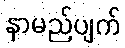
နာမည်ပျက်